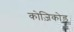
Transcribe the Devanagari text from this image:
कोज़िकोड़